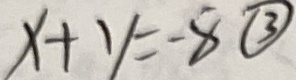
x + y = - 8 \textcircled { 3 }